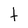
Character: t